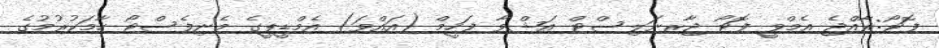
ފޮޓޯ:ރާއްޖެ އެމްވީ ފޮޓޯ ޖާރނަލިސްޓް އަޝްވާ ފަހީމް (އައްވަ) އެމްޑީޕީގެ މެނިފެސްޓޯ ހާމަކުރުމުގެ